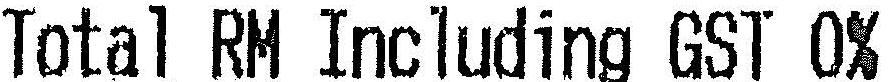
TOTAL RM INCLUDING GST 0%